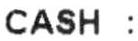
CASH : 11.13